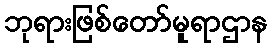
ဘုရားဖြစ်တော်မူရာဌာန